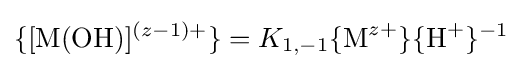
\{[{\ce {M(OH)}}]^{(z-1)+}\}=K_{1,-1}\{{\ce {M}}^{z+}\}\{{\ce {H}}^{+}\}^{-1}